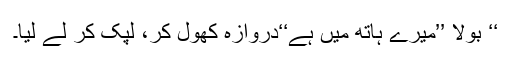
‘‘ بولا ’’میرے ہاتھ میں ہے‘‘دروازہ کھول کر، لپک کر لے لیا۔